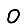
Digit: 0